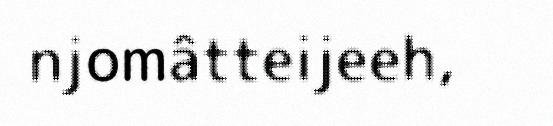
njomâtteijeeh,